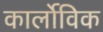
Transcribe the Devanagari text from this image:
कार्लोविक